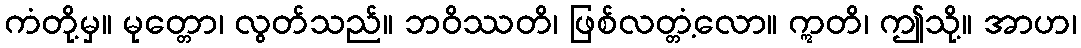
ကံတို့မှ။ မုတ္တော၊ လွတ်သည်။ ဘဝိဿတိ၊ ဖြစ်လတ္တံ့လော။ ဣတိ၊ ဤသို့။ အာဟ၊